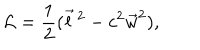
LaTeX: { \cal L } = { \frac { 1 } { 2 } } ( { \vec { l } } \, ^ { 2 } - c ^ { 2 } { \vec { w } } ^ { 2 } ) ,